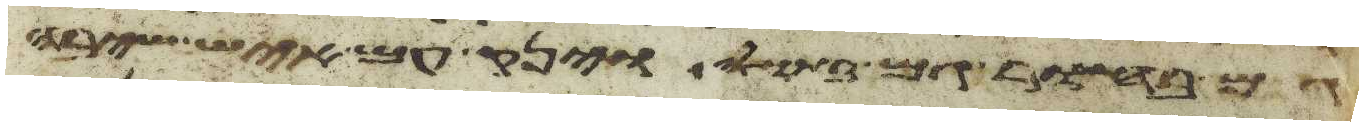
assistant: גם בחור גם בתולה וינק עם איש שיבה